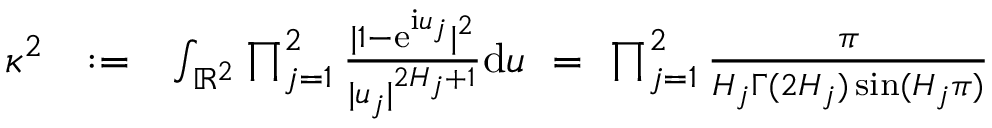
\begin{array} { r l r } { \kappa ^ { 2 } } & { : = } & { \int _ { \mathbb { R } ^ { 2 } } \prod _ { j = 1 } ^ { 2 } \frac { | 1 - \mathrm e ^ { \mathrm i u _ { j } } | ^ { 2 } } { | u _ { j } | ^ { 2 H _ { j } + 1 } } \mathrm d \boldsymbol { u } \ = \ \prod _ { j = 1 } ^ { 2 } \frac { \pi } { H _ { j } \Gamma ( 2 H _ { j } ) \sin ( H _ { j } \pi ) } } \end{array}